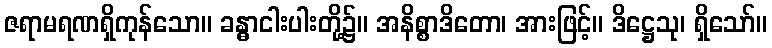
ဇရာမရဏရှိကုန်သော။ ခန္ဓာငါးပါးတို့၌။ အနိစ္စာဒိတော၊ အားဖြင့်။ ဒိဋ္ဌေသု၊ ရှိသော်။